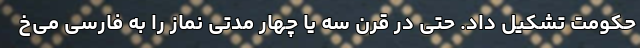
حکومت تشکیل داد. حتی در قرن سه یا چهار مدتی نماز را به فارسی می‌خ